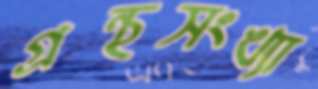
গ্রন্থসংখ্যা